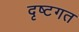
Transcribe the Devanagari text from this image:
दृष्टगत